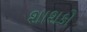
શાશકો